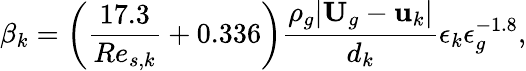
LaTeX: \beta_{k}=\left(\frac{17.3}{Re_{s,k}}+0.336\right)\frac{\rho_{g}|\textbf{U}_{g}-\textbf{u}_{k}|}{d_{k}}\epsilon_{k}\epsilon_{g}^{-1.8},